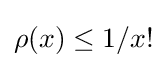
\rho (x)\leq 1/x!